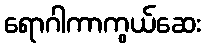
ရောဂါကာကွယ်ဆေး